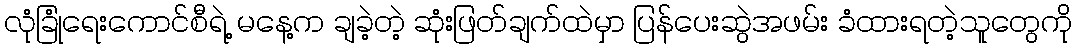
လုံခြုံရေးကောင်စီရဲ့ မနေ့က ချခဲ့တဲ့ ဆုံးဖြတ်ချက်ထဲမှာ ပြန်ပေးဆွဲအဖမ်း ခံထားရတဲ့သူတွေကို